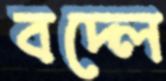
বদ্‌লে